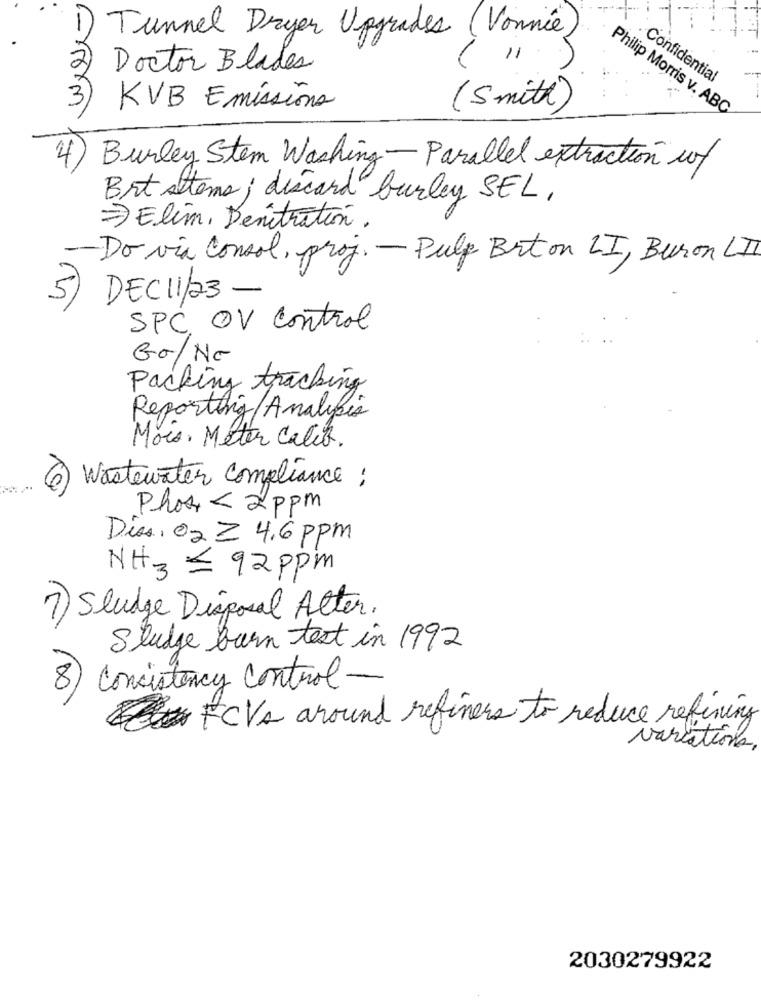
Tunnel Dryer Upgrades (Vonnie)
11
Doctor Blades
Confidential
3
KVB Emissions
( Smith )
Philip Morris v. ABC
4
Burley Stem Washing-Parallel extraction of
Brt stems; discard burley SEL,
=> Elim, Benitratón.
-Do via consol, proj. - Pulp Brt on LI, Buron LII
5) DEC 11/23 -
SPC OV Control
Go/No
Packing tracking
Reporting/Analysis
Mois, Meter Calib.
Wastewater Compliance :
6
Phos < 2ppm
Dias, O2 Z 4.6 ppm
NH3 ≤ 92Ppm
7) Sludge Disposal Alter.
Sludge burn test in 1992
8) Consistency control-
FCVs around refiners to reduce refining
variations,
2030279922